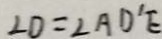
\angle D = \angle A D ^ { \prime } E